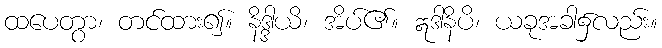
ထပေတွာ၊ တင်ထား၍။ နိဒ္ဒါယိ၊ အိပ်၏။ ဣဒါနိပိ၊ ယခုအခါ၌လည်း။